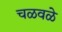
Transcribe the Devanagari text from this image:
चळवळे